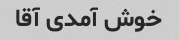
خوش آمدی آقا